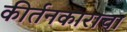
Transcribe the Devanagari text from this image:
कीर्तनकाराचा